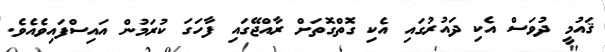
ޤައުމީ ދުވަސް އެކި ދައުރުގައި އެކި ގޮތްގޮތަށް ރާއްޖޭގައި ފާހަގަ ކުރަމުން އައިސްފައިވެއެވެ.